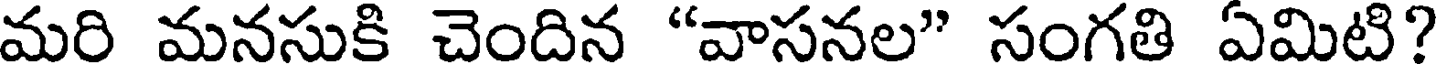
మరి మనసుకి చెందిన "వాసనల" సంగతి ఏమిటి?